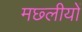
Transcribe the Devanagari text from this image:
मछ्लीयों